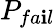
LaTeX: P_{fa\mathbf{i}l}